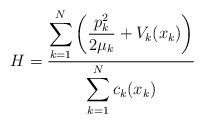
LaTeX: \begin{align*}H=\frac{\displaystyle \sum_{k=1}^N\left(\frac{p_k^2}{2\mu_k}+V_k(x_k)\right)}{\displaystyle\sum_{k=1}^Nc_k(x_k)}\end{align*}